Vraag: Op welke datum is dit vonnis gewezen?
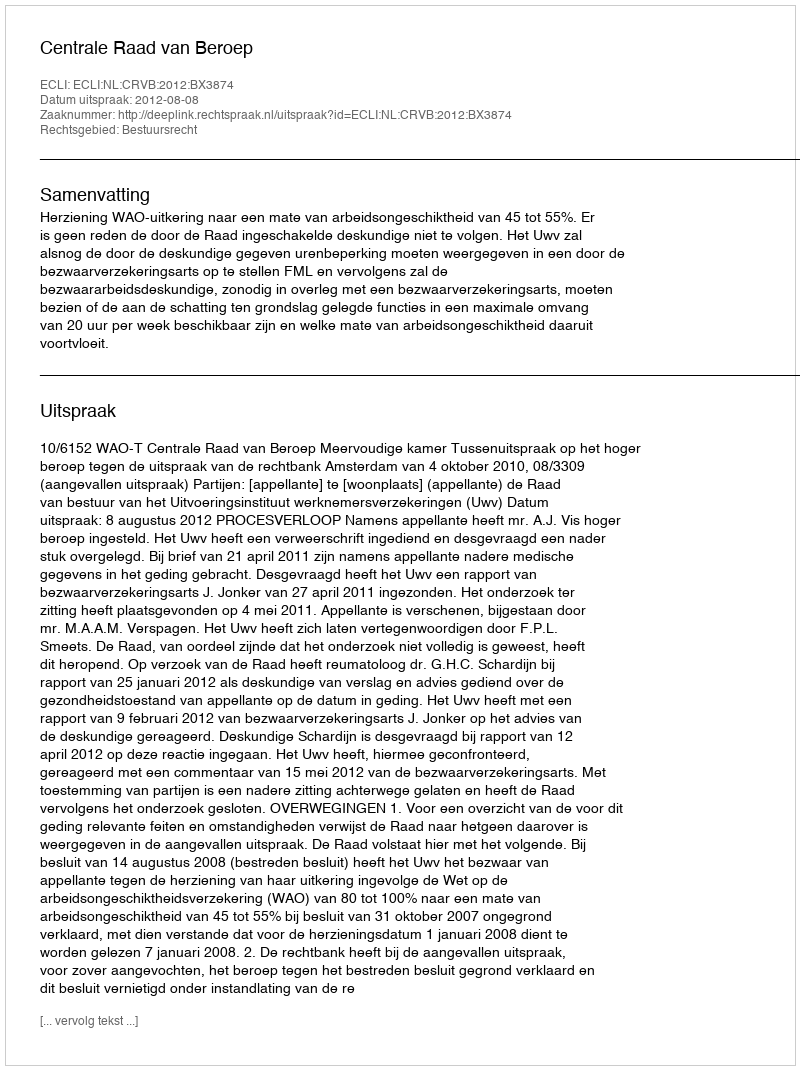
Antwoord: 2012-08-08